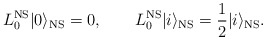
\begin{align*}L_0^{\rm NS}|0\rangle_{\rm NS} = 0, \qquad L_0^{\rm NS}|i\rangle_{\rm NS} = \frac{1}{2} |i\rangle_{\rm NS}.\end{align*}